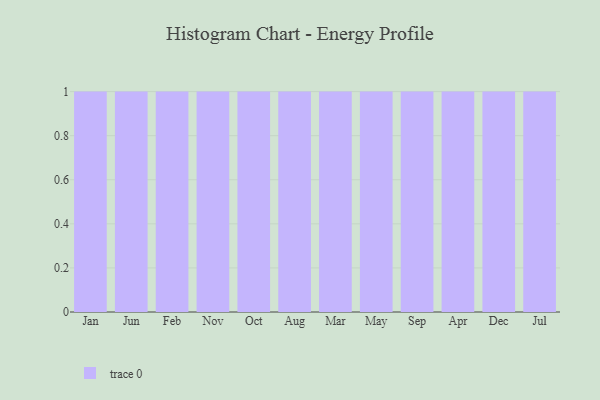
{"axis": {"x": "Month", "y": "Energy Usage (MWh)"}, "legend": [""], "data": [{"x": "Jan", "y": 93, "type": ""}, {"x": "Jun", "y": 99, "type": ""}, {"x": "Feb", "y": 96, "type": ""}, {"x": "Nov", "y": 85, "type": ""}, {"x": "Oct", "y": 89, "type": ""}, {"x": "Aug", "y": 90, "type": ""}, {"x": "Mar", "y": 66, "type": ""}, {"x": "May", "y": 4, "type": ""}, {"x": "Sep", "y": 73, "type": ""}, {"x": "Apr", "y": 16, "type": ""}, {"x": "Dec", "y": 27, "type": ""}, {"x": "Jul", "y": 87, "type": ""}]}